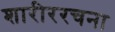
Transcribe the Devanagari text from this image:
शारीररचना